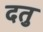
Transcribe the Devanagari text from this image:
दतु